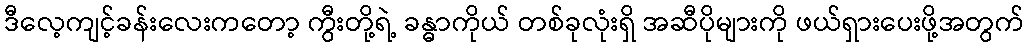
ဒီလေ့ကျင့်ခန်းလေးကတော့ ကွီးတို့ရဲ့ ခန္ဓာကိုယ် တစ်ခုလုံးရှိ အဆီပိုများကို ဖယ်ရှားပေးဖို့အတွက်